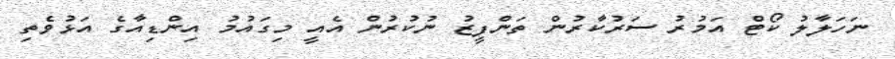
ނަހަލާލު ކޯޓް އަމުރު ސަރުކާރުން ތަންފީޒު ނުކުރުން އެއީ މިގަައުމު އިންޑިއާގެ އަޅުވެތި